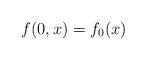
LaTeX: \begin{align*} f(0,x)=f_0 (x)\end{align*}